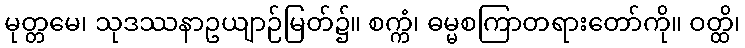
မုတ္တမေ၊ သုဒဿနာဥယျာဉ်မြတ်၌။ စက္ကံ၊ ဓမ္မစကြာတရားတော်ကို။ ဝတ္ထိ၊